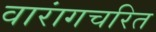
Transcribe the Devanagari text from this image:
वारांगचरित